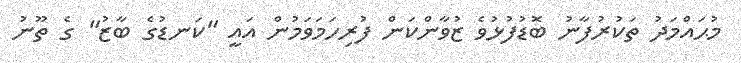
މުޙައްމަދު ތަކުރުފާނު ބޮޑުފުޅުވެ ޒުވާންކަން ފުރިހަމަވަމުން އައީ "ކަނޑުގެ ބާޒު" ގެ ތޫނު